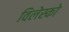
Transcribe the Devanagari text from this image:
विलेस्को